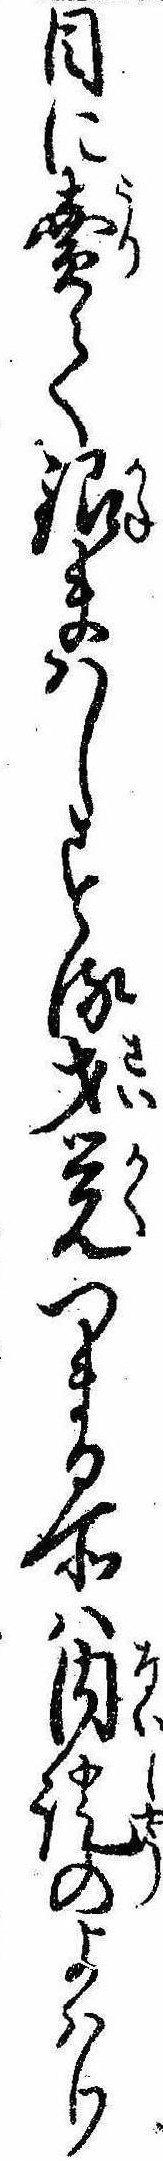
目に売て銀まはしする才覚つまる所は内証のよはり